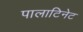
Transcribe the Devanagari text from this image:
पालाटिनेट